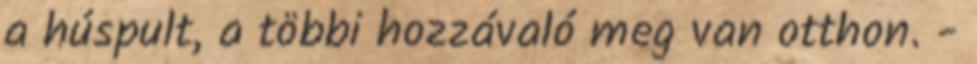
a húspult, a többi hozzávaló meg van otthon. -